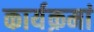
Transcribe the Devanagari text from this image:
कार्यक्रमां